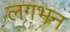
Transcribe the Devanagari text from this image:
लगभन